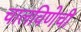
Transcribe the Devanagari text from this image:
चालविणेची